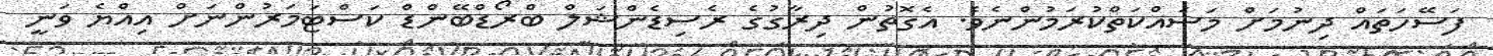
ފަސޭހަތައް ދިނުމަށް މަސައްކަތްކުރަމުންނެވެ. އެގޮތުން ދިރާގުގެ ރެސިޑެންޝަލް ބްރޯޑްބޭންޑް ކަސްޓަމަރުންނަށް އިއްޔެ ވަނީ